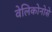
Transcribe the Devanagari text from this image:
वेलिकोनोसे